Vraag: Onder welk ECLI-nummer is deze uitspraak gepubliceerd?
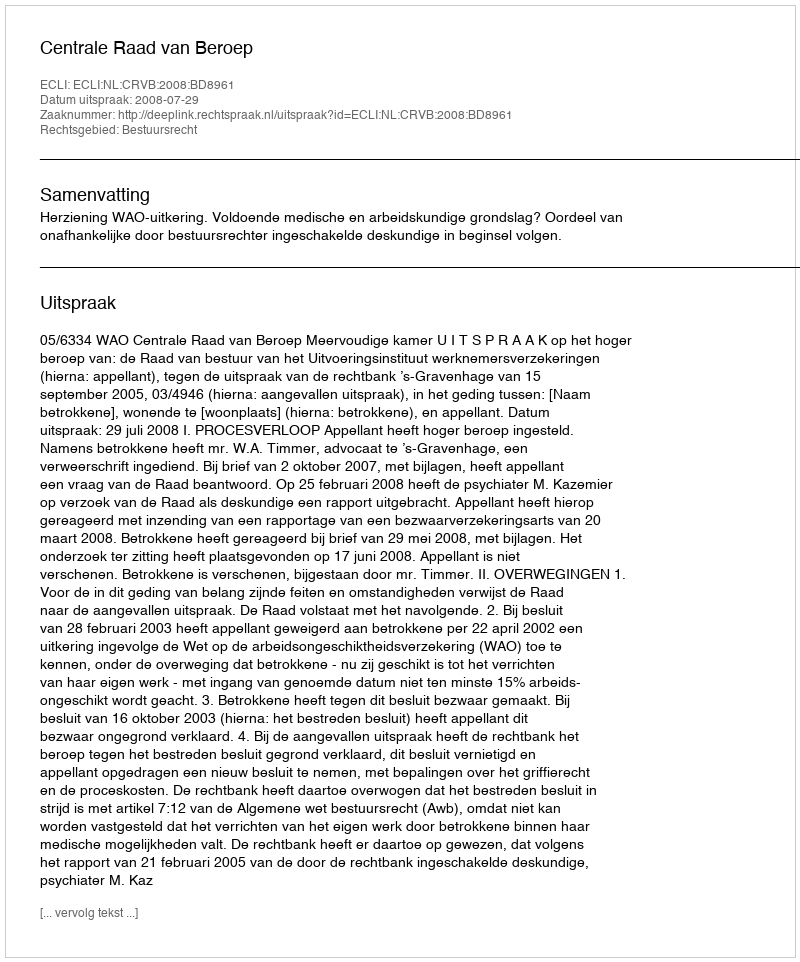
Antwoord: ECLI:NL:CRVB:2008:BD8961